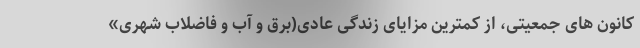
کانون های جمعیتی، از کمترین مزایای زندگی عادی(برق و آب و فاضلاب شهری»